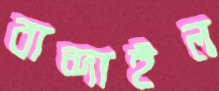
বান্দাইল